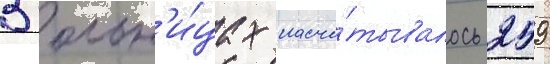
В больн'и́цах насчи́тывалось 259